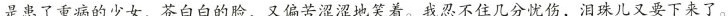
是患了重病的少女，苍白白的脸，又偏苦涩涩地笑着。我忍不住几分忧伤，泪珠儿又要下来了。